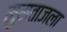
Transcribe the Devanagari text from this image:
मुमताजला